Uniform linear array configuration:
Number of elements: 48
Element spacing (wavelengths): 1
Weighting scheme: exponential
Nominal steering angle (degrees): -45
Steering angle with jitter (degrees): -43.315
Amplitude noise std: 0.05
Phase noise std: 0.05

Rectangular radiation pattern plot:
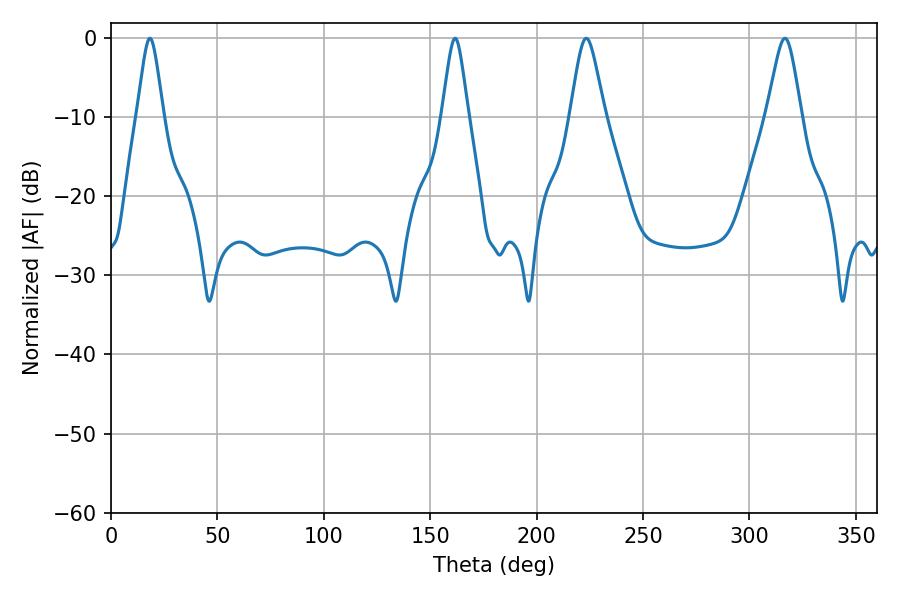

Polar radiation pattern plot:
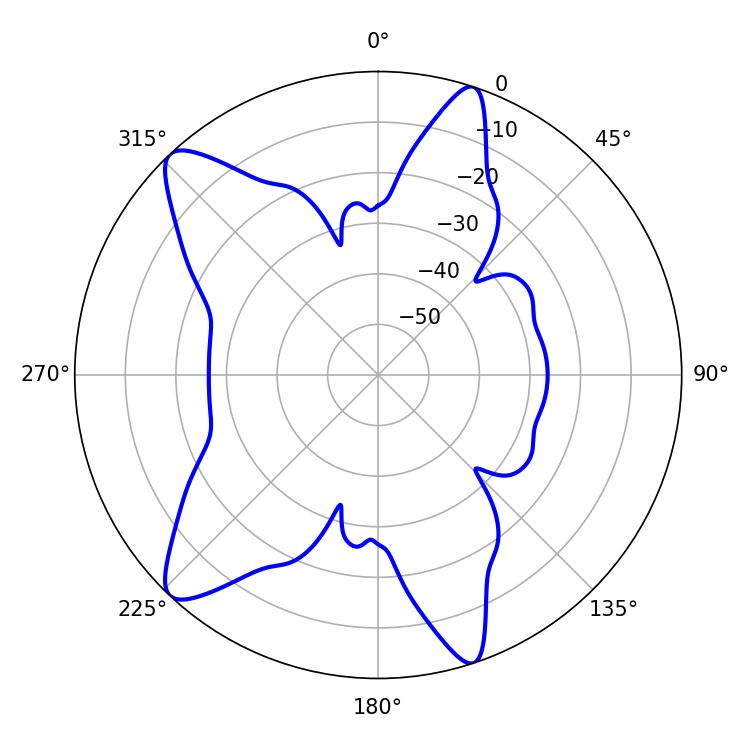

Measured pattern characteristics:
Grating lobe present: TRUE
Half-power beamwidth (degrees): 7.74
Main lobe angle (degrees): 316.62